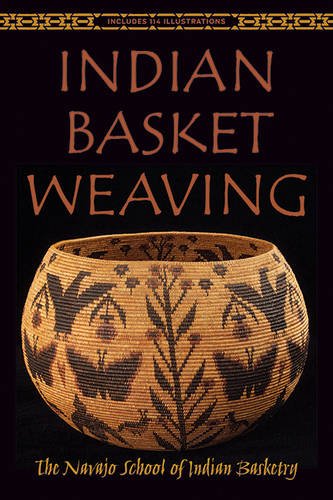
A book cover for Indian Basket Weaving; Crafts, Hobbies & Home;